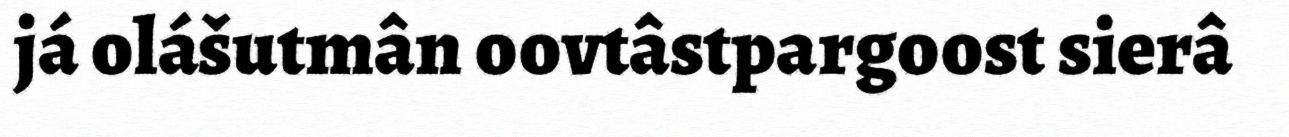
já olášutmân oovtâstpargoost sierâ